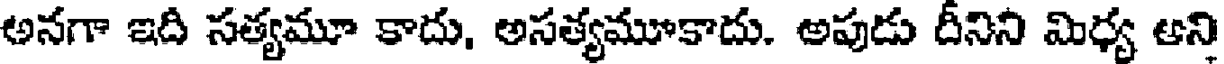
అనగా ఇది సత్యమూ కాదు, అసత్యమూకాదు. అపుడు దీనిని మిధ్య ఆని